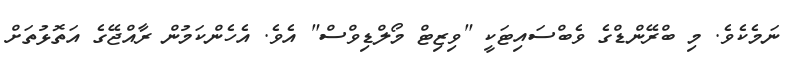
ނަމެކެވެ. މި ބްރޭންޑްގެ ވެބްސައިޓަކީ "ވިޒިޓް މޯލްޑިވްސް" އެވެ. އެހެންކަމުން ރާއްޖޭގެ އަތޮޅުތަށް